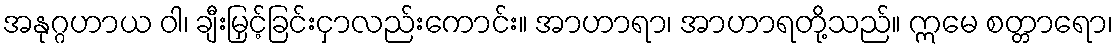
အနုဂ္ဂဟာယ ဝါ၊ ချီးမြှင့်ခြင်းငှာလည်းကောင်း။ အာဟာရာ၊ အာဟာရတို့သည်။ ဣမေ စတ္တာရော၊